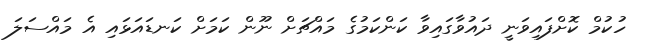
ހުކުމް ކޮށްފައިވަނީ ދައުވާގައިވާ ކަންކަމުގެ މައްޗަށް ނޫން ކަމަށް ކަނޑައަޅައި އެ މައްސަލަ